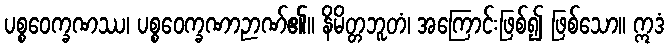
ပစ္စဝေက္ခဏဿ၊ ပစ္စဝေက္ခဏာဉာဏ်၏။ နိမိတ္တဘူတံ၊ အကြောင်းဖြစ်၍ ဖြစ်သော။ ဣဒံ